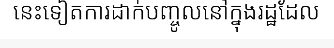
នេះទៀតការដាក់បញ្ចូលនៅក្នុងរដ្ឋដែល